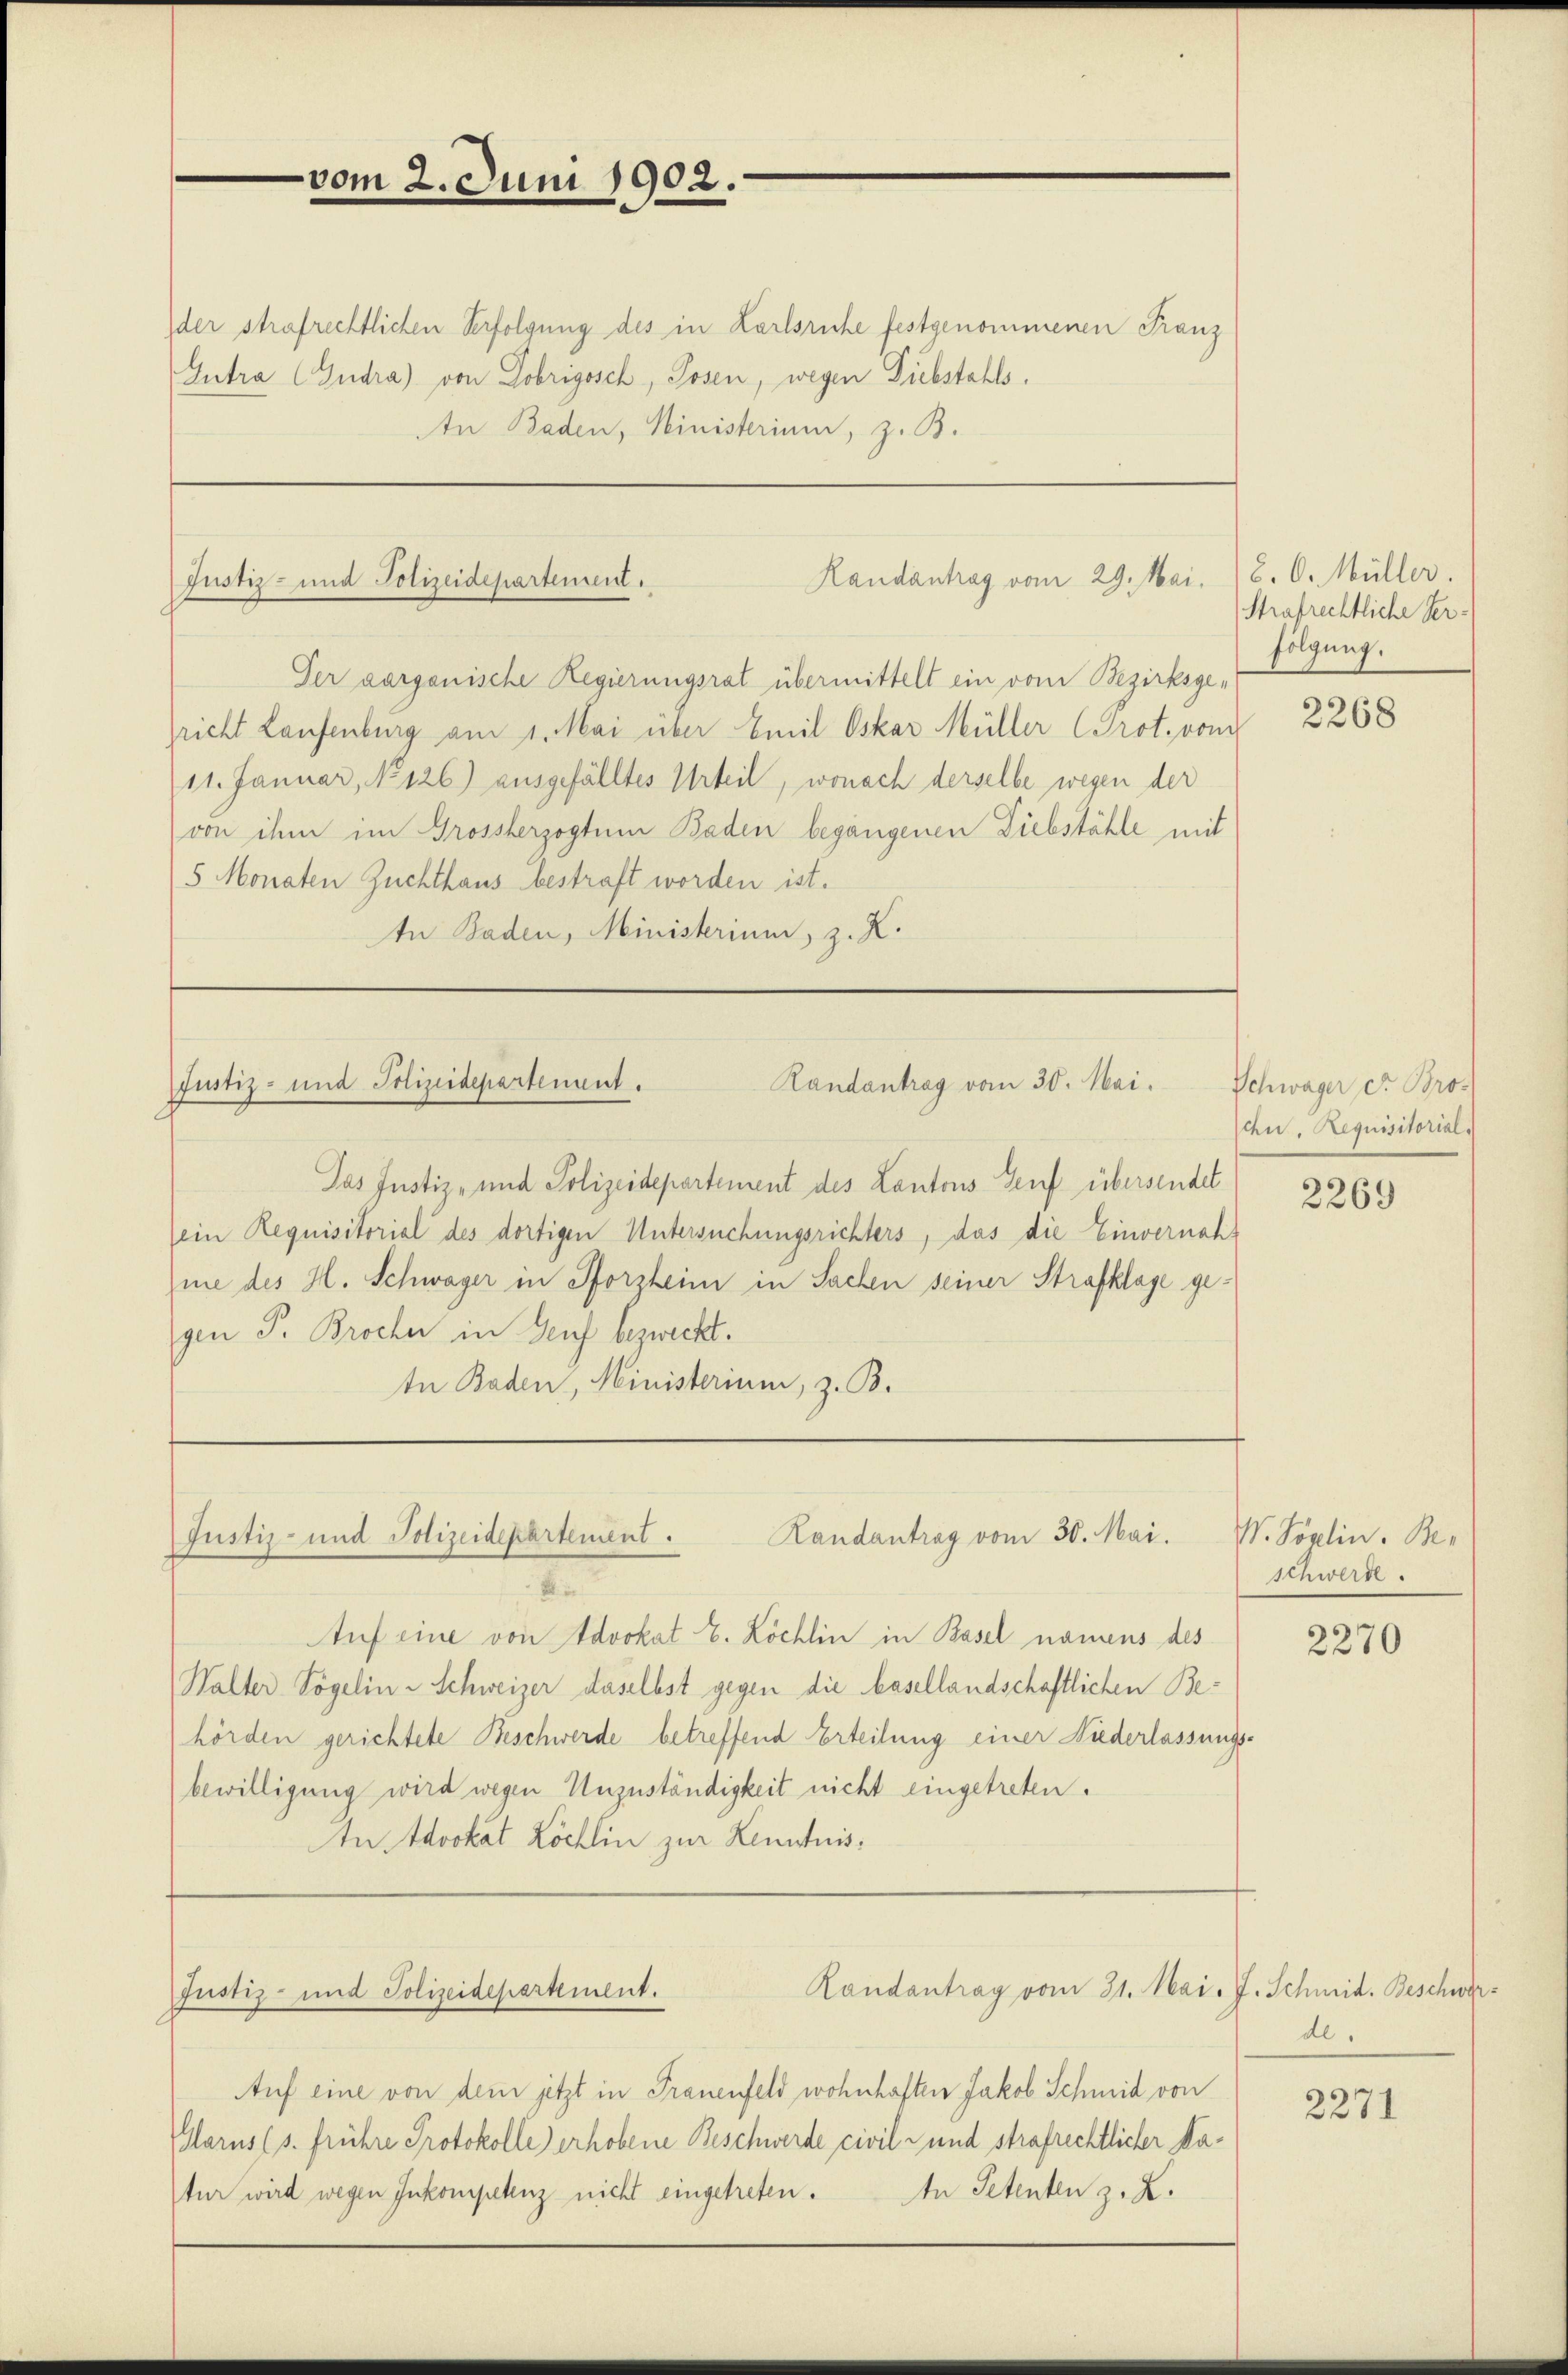
der strafrechtlichen Verfolgung des in Karlsruhe festgenommenen Franz
Gutra (Gudra) von Dobrigosch, Posen, wegen Diebstahls.
An Baden, Ministerium, z. B.

vom 2. Juni 1902.

Randantrag vom 29. Mai.
Justiz- und Polizeidepartement.

Der aarganische Regierungsrat übermittelt ein vom Bezirksgepricht Laufenburg am 1. Mai über Emil Oskar Müller (Prot. vom
11. Januar, No 126) ausgefälltes Urteil, wonach derselbe wegen der
von ihm im Grossterzogtum Baden begangenen Diebstähle mit
5 Monaten Zuchthaus bestraft worden ist.
In Baden, Ministerium, z. K.

Randantrag vom 30. Mai.
Justiz- und Polizeidepartenant.

Das Justiz- und Polizeidepartement des Lantons Genf übersendet
(ein Requisitorial des dortigen Untersuchungsrichters, das die Einvernahnie des H. Schwager in Pforzheim in Sachen seiner Strafklage gegen P. Brocher in Genf bezweckt.
te Baden, Ministerium, z. B.

Randantrag vom 30. Mai.
Justiz- und Polizeidepartement.

Justiz- und Polizeidepartement.

Randantrag vom 31. Mai. J. Schmid. Beschwer¬

Auf eine von dem jetzt in Trauenfeld wohnhaften Jakob Schmid von
Marus (s. frühre Protokolle) erhobene Beschwerde civil - und strafrechtlicher datur wird wegen Inkompetenz nicht eingetreten. An Petenten z. Z.

B. O. Müller.
Strafrechtliche Verfolgung.

s
Auf eine von Advokat E. Köchlin in Basel namens des
Walter Vögelin - Schweizer daselbst gegen die basellandschaftlichen Behörden gerichtete Beschwerde betreffend Erteilung einer Niederlassungs-
bewilligung wird wegen Unzuständigkeit nicht eingetreten.
An Advokat Löchlin zur Kenntnis¬

2268

Schwager dr. Bros
cu, Requisitorial.

2269

V. Poalin. Beschwerde.

2270

de.

2271